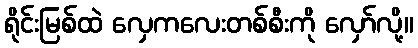
ရိုင်းမြစ်ထဲ လှေကလေးတစ်စီးကို လှော်လို့။